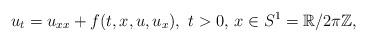
LaTeX: \begin{align*}u_{t}=u_{xx}+f(t,x, u,u_{x}),\,\,t>0,\,x\in S^{1}=\mathbb{R}/2\pi \mathbb{Z},\end{align*}